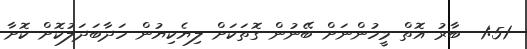
1:51  ބާރު އޮތް މީހުންނަށް ބޭނުން ގޮތަކަށް ލިޔެކިޔުން ހަދާބަދަލުކޮށް ކޮށާ